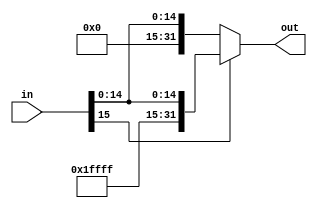
`timescale 1ns / 1ps
//////////////////////////////////////////////////////////////////////////////////
// Company: 
// Engineer: 
// 
// Design Name: 
// Module Name:    signExtend 
// Project Name: 
// Target Devices: 
// Tool versions: 
// Description: 
//
// Dependencies: 
//
// Revision: 
// Revision 0.01 - File Created
// Additional Comments: 
//
//////////////////////////////////////////////////////////////////////////////////
module signExtend(
    input [15:0] in,
    output [31:0] out
    );

assign out = in[15] ? {16'b1111111111111111, in} : {16'b0000000000000000, in};

endmodule